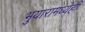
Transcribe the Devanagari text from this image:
भुयारामध्येही